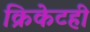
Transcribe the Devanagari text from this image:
क्रिकेटही